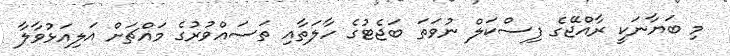
މި ބަޔާނަކީ ރާއްޖޭގެ ފިސްކަލް ނުވަތަ ބަޖެޓުގެ ހާލަތާއި ތަސައްވުރުގެ މައްޗަށް އަލިއަޅުވާލާ